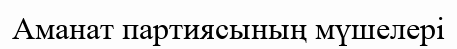
Аманат партиясының мүшелері